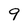
Character: 9